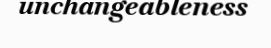
unchangeableness